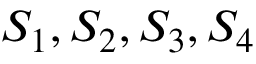
S _ { 1 } , S _ { 2 } , S _ { 3 } , S _ { 4 }